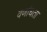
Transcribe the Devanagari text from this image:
वर्णाधता